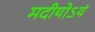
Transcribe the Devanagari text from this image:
मदीयोऽयं